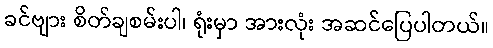
ခင်ဗျား စိတ်ချစမ်းပါ၊ ရုံးမှာ အားလုံး အဆင်ပြေပါတယ်။